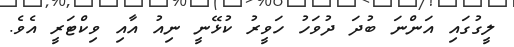
ލީގުގައި އަންނަ ބުދަ ދުވަހު ހަވީރު ކުޅޭނީ ނިއު އާއި ވިކްޓަރީ އެވެ.